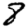
Digit: 8